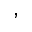
^ ,